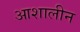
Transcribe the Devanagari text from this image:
आशालीन